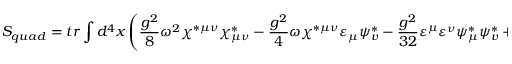
{ \cal S } _ { q u a d } = t r \int d ^ { 4 } x \left( \frac { g ^ { 2 } } 8 \omega ^ { 2 } \chi ^ { * \mu \nu } \chi _ { \mu \nu } ^ { * } - \frac { g ^ { 2 } } 4 \omega \chi ^ { * \mu \nu } \varepsilon _ { \mu } \psi _ { v } ^ { * } - \frac { g ^ { 2 } } { 3 2 } \varepsilon ^ { \mu } \varepsilon ^ { \nu } \psi _ { \mu } ^ { * } \psi _ { v } ^ { * } + \frac { g ^ { 2 } } { 3 2 } \varepsilon ^ { 2 } \psi ^ { * \mu } \psi _ { \mu } ^ { * } \right) \; .